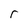
Character: r